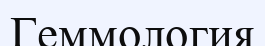
Геммология